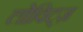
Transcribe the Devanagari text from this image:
लोविट्ज़